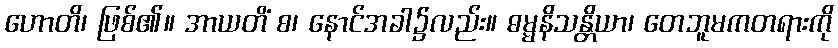
ဟောတိ၊ ဖြစ်၏။ အာယတိံ စ၊ နောင်အခါ၌လည်း။ ဓမ္မနိသန္တိယာ၊ တေဘူမကတရားကို